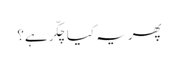
پھر یہ کیا چکّر ہے؟